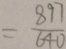
= \frac { 8 9 7 } { 6 4 0 }